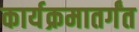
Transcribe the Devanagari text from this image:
कार्यक्रमातर्गंत